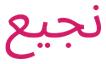
نجيع